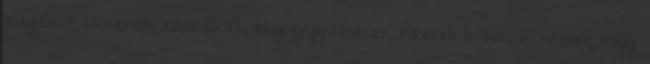
megjelent cikkeket, kritikákat, blogbejegyzéseket, híreket is linkkel kitenni, hogy